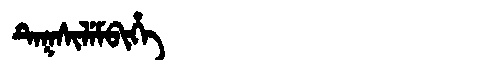
Manchu: ᡨᡝᡴᠰᡳᠯᡝᠮᠪᡳᡥᡝ
Romanization: TEKSILEMBIHE